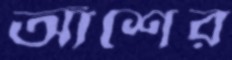
আঁশের